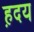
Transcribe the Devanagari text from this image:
ह़दय